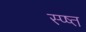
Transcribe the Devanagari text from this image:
स्प्ष्त